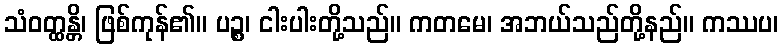
သံဝတ္ထန္တိ၊ ဖြစ်ကုန်၏။ ပဉ္စ၊ ငါးပါးတို့သည်။ ကတမေ၊ အဘယ်သည်တို့နည်။ ကဿပ၊